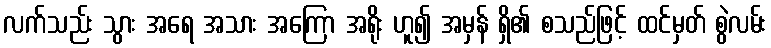
လက်သည်း သွား အရေ အသား အကြော အရိုး ဟူ၍ အမှန် ရှိ၏ စသည်ဖြင့် ထင်မှတ် စွဲလမ်း